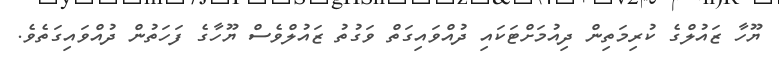
ޔޫހާ ޒައުލްގެ ކުރިމަތިން ދިއުމަށްޓަކައި ދުއްވައިގަތް ވަގުތު ޒައުލްވެސް ޔޫހާގެ ފަހަތުން ދުއްވައިގަތެވެ.